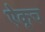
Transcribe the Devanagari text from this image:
ऐकूच